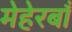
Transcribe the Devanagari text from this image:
मेहेरबाँ